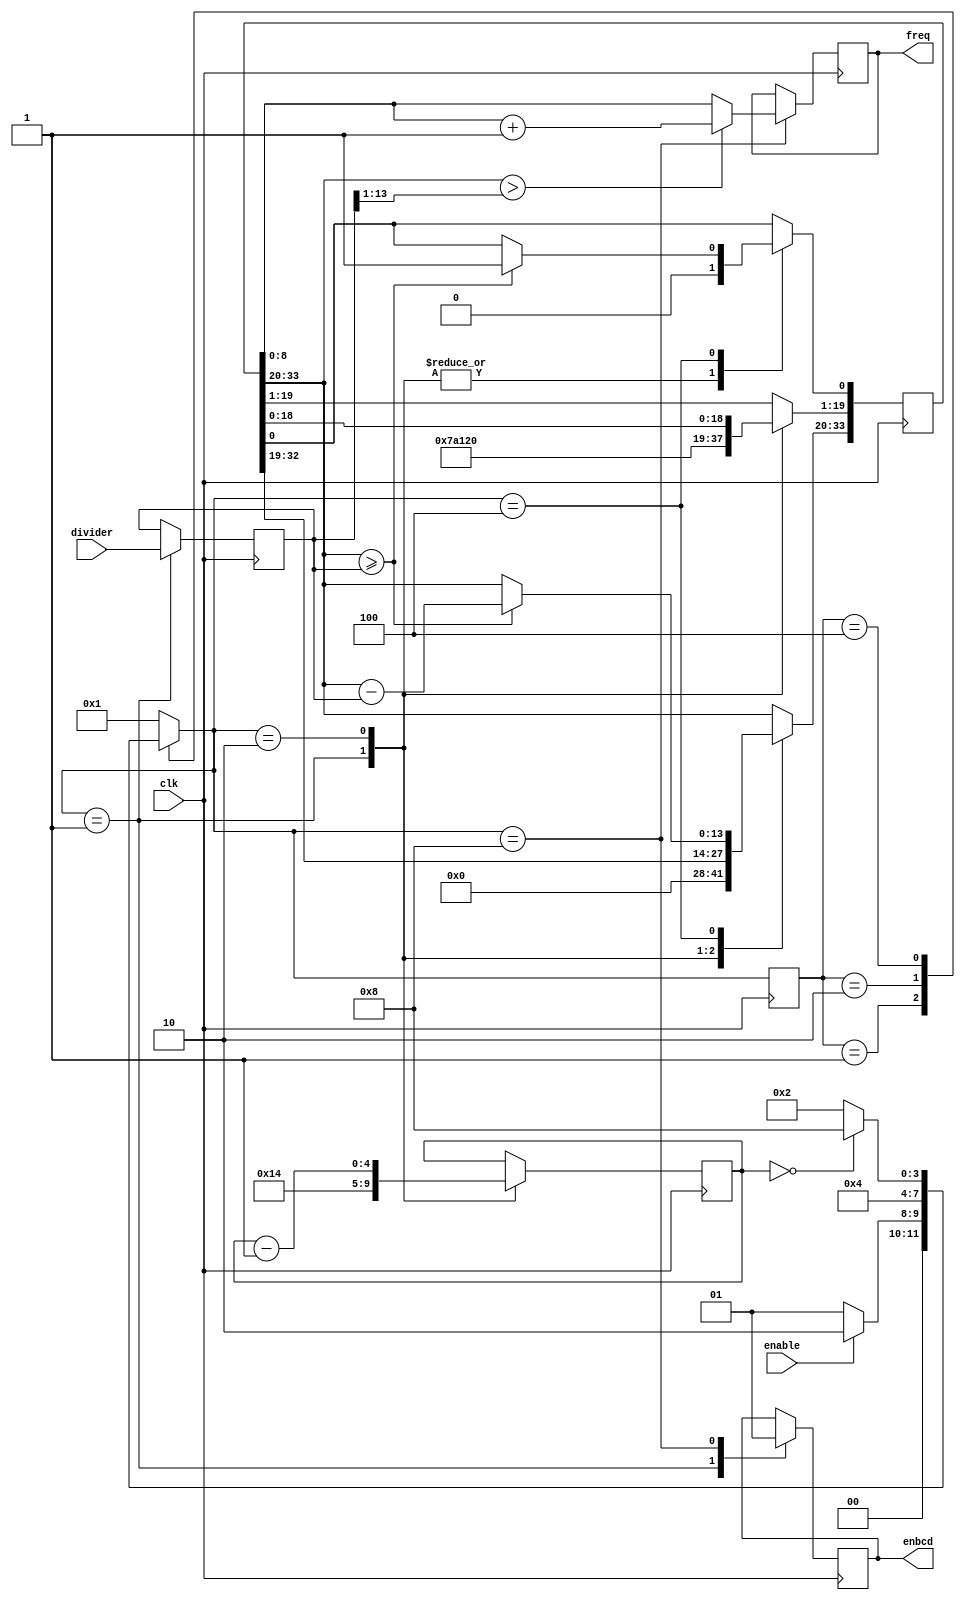
module divide
(
    input clk,
    input [13:0] divider,
    input enable,
    output reg [8:0] freq,
    output reg enbcd
);
    
    reg [33:0] a;//10^6
    reg [13:0] b;

    reg [4:0] cnt;//20

    parameter STOP = 4'b0001, SHIFT = 4'b0010, MINUS = 4'b0100, END = 4'b1000;

    reg [3:0] cstate, nstate;

    always @(posedge clk)
        cstate <= nstate;

    always @(*)
        case (cstate)
            STOP:
                if (enable)
                    nstate = SHIFT;
                else
                    nstate = STOP;
            SHIFT:
                nstate = MINUS;
            MINUS:
                if (cnt == 0)
                    nstate = END;
                else 
                    nstate = SHIFT;
            END:
                nstate = STOP;
            default:
                nstate = STOP;
        endcase

    always @(posedge clk) //cnt, a, b
        case (nstate)
            STOP: begin
                cnt <= 20;
                a <= 1000000;
                b <= divider;
                enbcd <= 0;
            end
            SHIFT: begin
                a <= a << 1;
                cnt <= cnt - 1;
            end
            MINUS:
                if (a[33:20] >= b) begin
                    a[33:20] <= a[33:20] - b;
                    a[0] <= 1;
                end
            END: begin
                if (a[33:20] > b[13:1])
                    freq <= a[8:0] + 1;
                else
                    freq <= a[8:0];
                enbcd <= 1;
            end
        endcase
  
endmodule